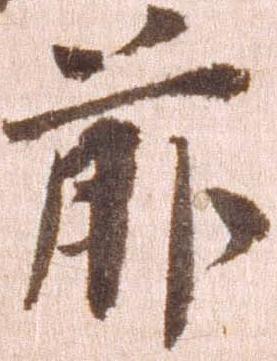
前